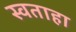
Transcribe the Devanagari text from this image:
स्वताहा